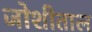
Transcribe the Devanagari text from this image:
जोशीताल